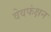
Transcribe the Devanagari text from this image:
वेवफंक्षन